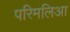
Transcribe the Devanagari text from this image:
परिमलिआ